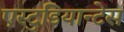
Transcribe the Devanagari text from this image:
एस्टुडियान्टेस